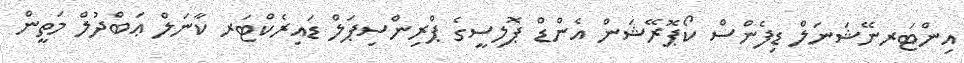
އިންޓަރނޭޝަނަލް ޑިފެންސް ކޯޕޮރޭޝަން އެންޑް ޕޮލިސީގެ ޕްރިންސިޕަލް ޑައިރެކްޓަރ ކާނަލް ޢަބްދުލް މަތީން